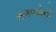
સગવડોનો